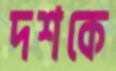
দশকে